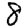
Digit: 8